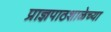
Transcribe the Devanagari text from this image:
प्राज्ञपाठशाळेच्या